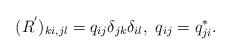
LaTeX: \begin{align*}(R^{'})_{ki,jl} = q_{ij}\delta_{jk}\delta_{il}, \ q_{ij}=q_{ji}^{*}.\end{align*}